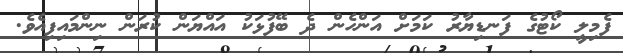
ފެމިލީ ކޯޓުގެ ފަނޑިޔާރު ކަމަށް އަންހެން ދެ ބޭފުޅަކު އައްޔަން ކުރަން ނިންމައިފިއެވެ.